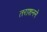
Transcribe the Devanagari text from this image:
तराशनने